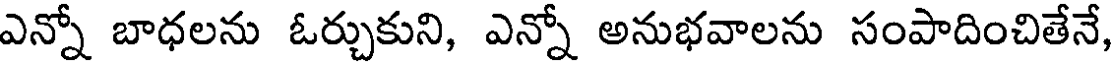
ఎన్నో బాధలను ఓర్చుకుని, ఎన్నో అనుభవాలను సంపాదించితేనే,